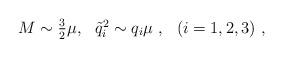
LaTeX: \begin{align*}M\sim \textstyle{3\over 2}\mu, \ \ {\tilde q}_i^2\sim q_i\mu\ , \ \ (i=1,2,3) \ , \end{align*}